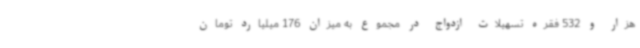
هزار و 532 فقره تسهیلات ازدواج در مجموع به میزان 176 میلیارد تومان